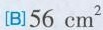
[B]56cm^{2}